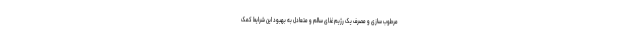
مرطوب سازی و مصرف یک رژیم غذای سالم و متعادل به بهبود این شرایط کمک